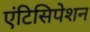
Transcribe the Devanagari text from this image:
एंटिसिपेशन